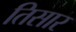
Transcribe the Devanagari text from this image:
तिसार